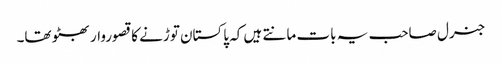
جنرل صاحب یہ بات مانتے ہیں کہ پاکستان توڑنے کا قصوروار بھٹو تھا۔